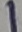
Text: I